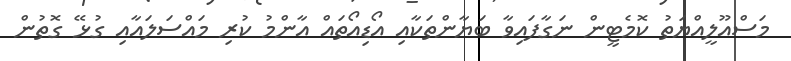
މަސްއޫލީއްޔަތު ކޮމެޓީން ނަގާފައިވާ ބަޔާންތަކާއި އޯޑިއޯތައް އާންމު ކުރި މައްސަލައާއި ގުޅޭ ގޮތުން